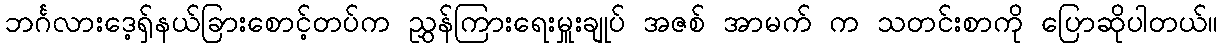
ဘင်္ဂလားဒေ့ရှ်နယ်ခြားစောင့်တပ်က ညွှန်ကြားရေးမှူးချုပ် အဇစ် အာမက် က သတင်းစာကို ပြောဆိုပါတယ်။